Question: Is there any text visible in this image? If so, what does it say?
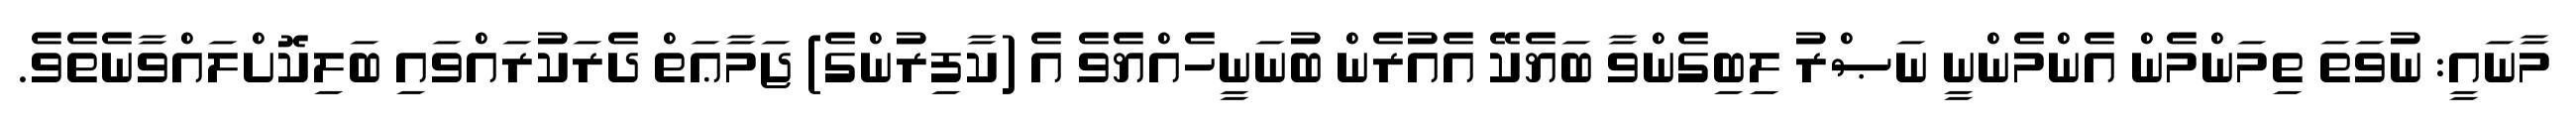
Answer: މާނައީ: ނުވަތަ ތިމަންމެން އެންމެންނީ ނަޞްރު ލިބިގެންވާ ބަޔެކޭ އެއުރެން ބުނަނީހެއްޔެވެ އެ (ކާފިރުންގެ) ޖަމާޢަތް ދެރަކުރައްވައި ބަލިކޮށްލައްވާނެތެވެ.